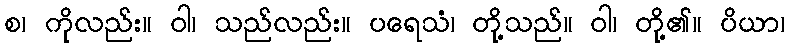
စ၊ ကိုလည်း။ ဝါ၊ သည်လည်း။ ပရေသံ၊ တို့သည်။ ဝါ၊ တို့၏။ ပိယာ၊